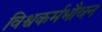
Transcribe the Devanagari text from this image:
विश्वकर्मभौवन